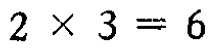
$2\times 3 = 6$